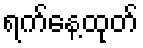
ရက်နေ့ထုတ်